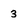
Character: 3